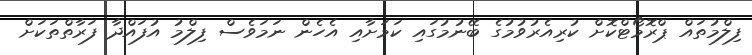
ފިލްމުތައް ޕްރޮމޯޓްކޮށް ކުރިއެރުވުމުގެ ބޭނުމުގައި ކަމަށާއި އެހެން ނަމަވެސް ފިލްމު އުފައްދާ ފަރާތްތަކަށް